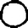
Digit: 0